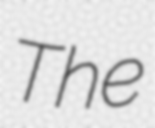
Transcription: The